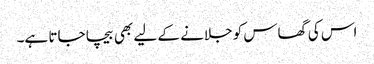
اس کی گھاس کو جلانے کے لیے بھی بیچا جاتا ہے۔